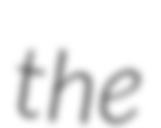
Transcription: the